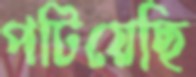
পটিয়েছি